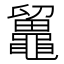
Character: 𪓸